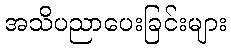
အသိပညာပေးခြင်းများ